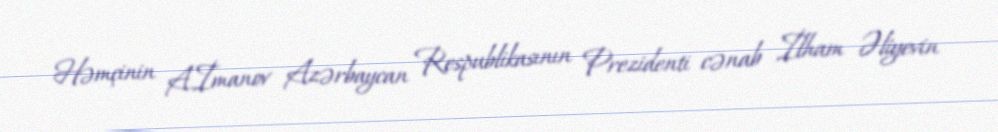
Həmçinin A.İmanov Azərbaycan Respublikasının Prezidenti cənab İlham Əliyevin